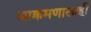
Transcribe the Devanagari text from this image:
आक्रमणालाही